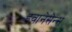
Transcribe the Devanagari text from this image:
इवानेसेन्स